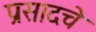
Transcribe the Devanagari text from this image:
प्रसादचे